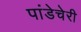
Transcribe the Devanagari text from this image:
पांडेचेरी